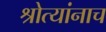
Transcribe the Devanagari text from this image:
श्रोत्यांनाच